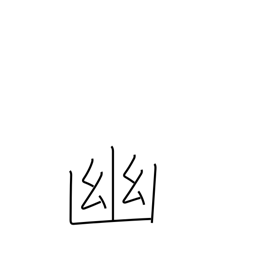
Meaning: seclude